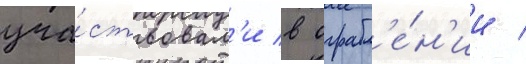
уча́ствовал'и в ограбл'е́н'ии /